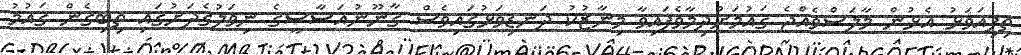
ތިފިއަވަޅު އެޅުން މާލަސްވެއްޖެ ޤައުމަށްދިމާވެފައިވާ މިނާޒުކު ދަނޑިވަޅުގައިވެސް ޤާނޫނުއަސާސީގެ ނިވަލުގެދަށުގައި ތިބިގެން ޤައުމު